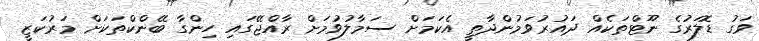
ވަގު ޑޮލަރުގެ ނޫޓްތަކެއް ދައުރުވަމުންދާތީ އެކަމަށް ސަމާލުވުމަށް ރާއްޖޭގައި ހިންގާ ބޭންކްތަކަށް މަރުކަޒީ